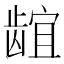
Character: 𬺌